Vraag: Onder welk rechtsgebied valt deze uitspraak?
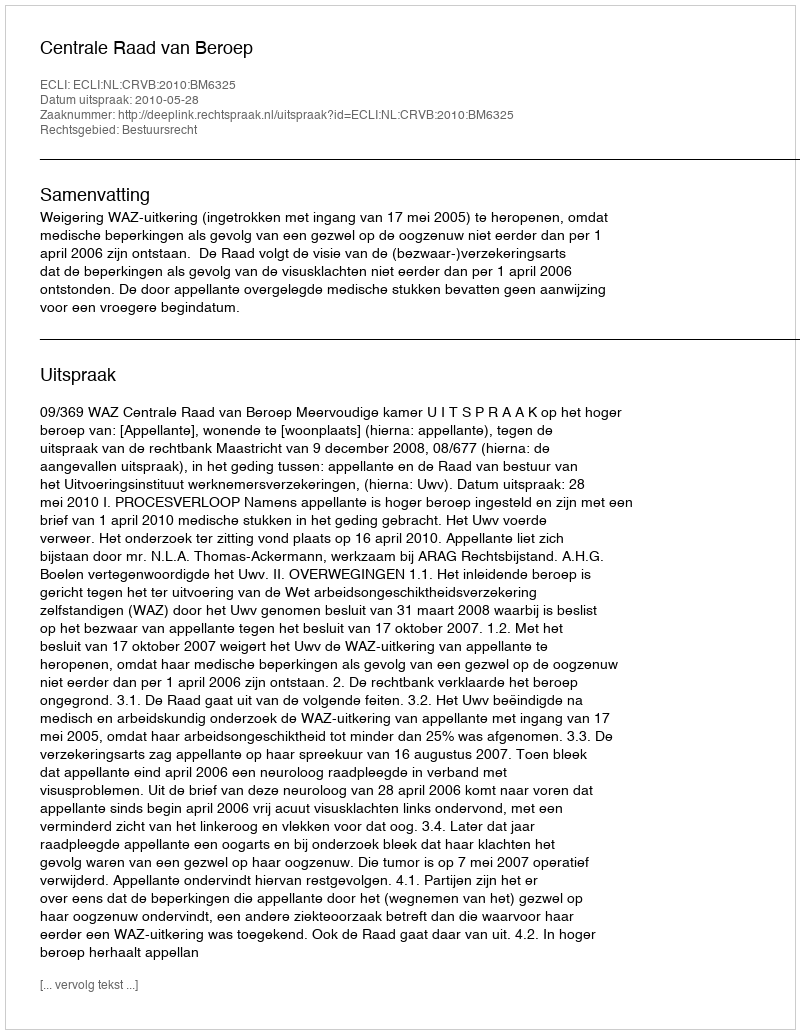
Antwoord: Bestuursrecht